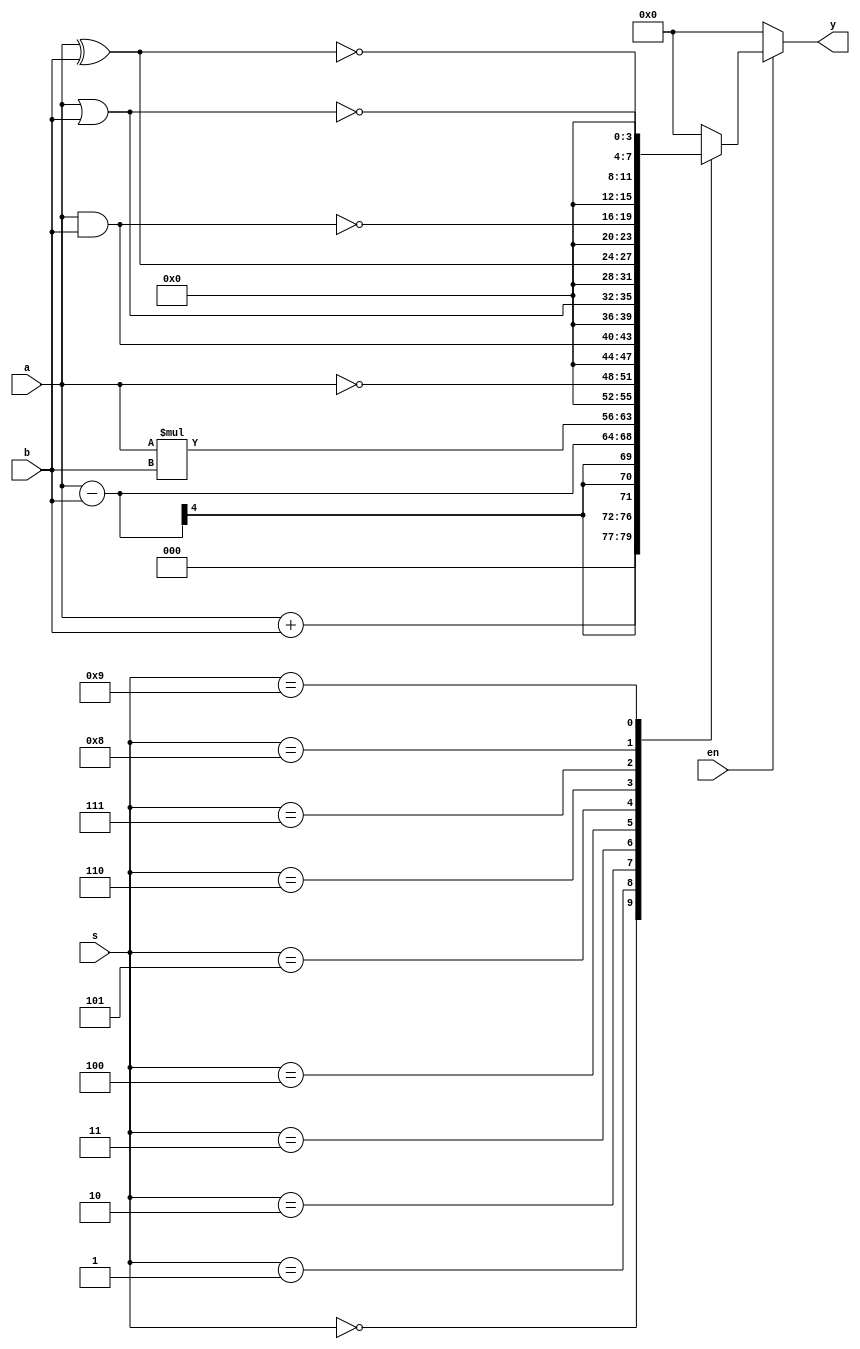
module alu(
 input [3:0] a,b,s,
 input en,
 output reg[7:0] y
 );
 always@( a, b, s, en, y )
 begin
 if(en==1)
 begin
 case (s)
 4'd0: y=a+b;
 4'd1: y=a-b;
 4'd2: y=a*b;
 4'd3: y={4'd0, ~a};
4'd4: y={4'd0, (a & b)};
 4'd5: y={4'd0, (a | b)};
 4'd6: y={4'd0, (a ^ b)};
 4'd7: y={4'd0, ~(a & b)};
 4'd8: y={4'd0, ~(a | b)};
 4'd9: y={4'd0, ~(a ^ b)};
 default: y=8'b00000000;
 endcase
 end
else
 y=8'b00000000;
end
endmodule